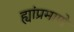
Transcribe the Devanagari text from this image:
ह्यांप्रमाणे